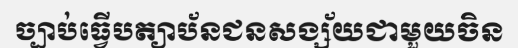
ច្បាប់ធ្វើបត្យាប័នជនសង្ស័យជាមួយចិន